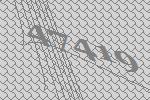
47419